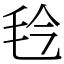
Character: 㲐